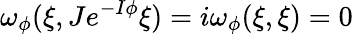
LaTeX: \omega_{\phi}(\xi,Je^{-I\phi}\xi)=i\omega_{\phi}(\xi,\xi)=0